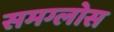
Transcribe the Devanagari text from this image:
समग्लोस